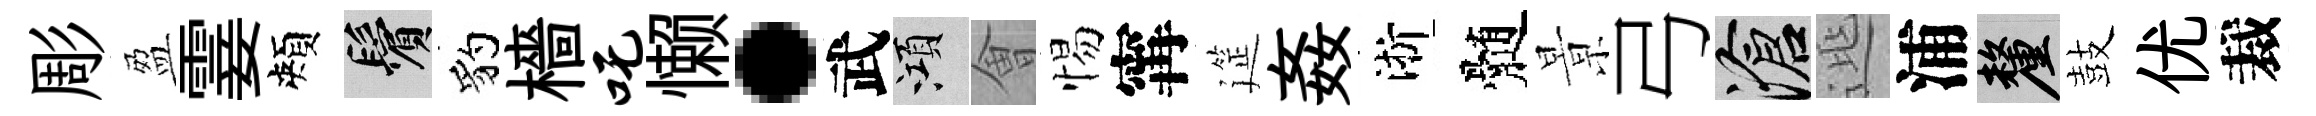
彫盈霎頰鬢豹檣吒懒·武澒㑹惕𡩋筵姦淅髄㬌弓滄𨓱浦厘鼓优裁